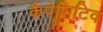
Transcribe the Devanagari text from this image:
कैपेसिटिव